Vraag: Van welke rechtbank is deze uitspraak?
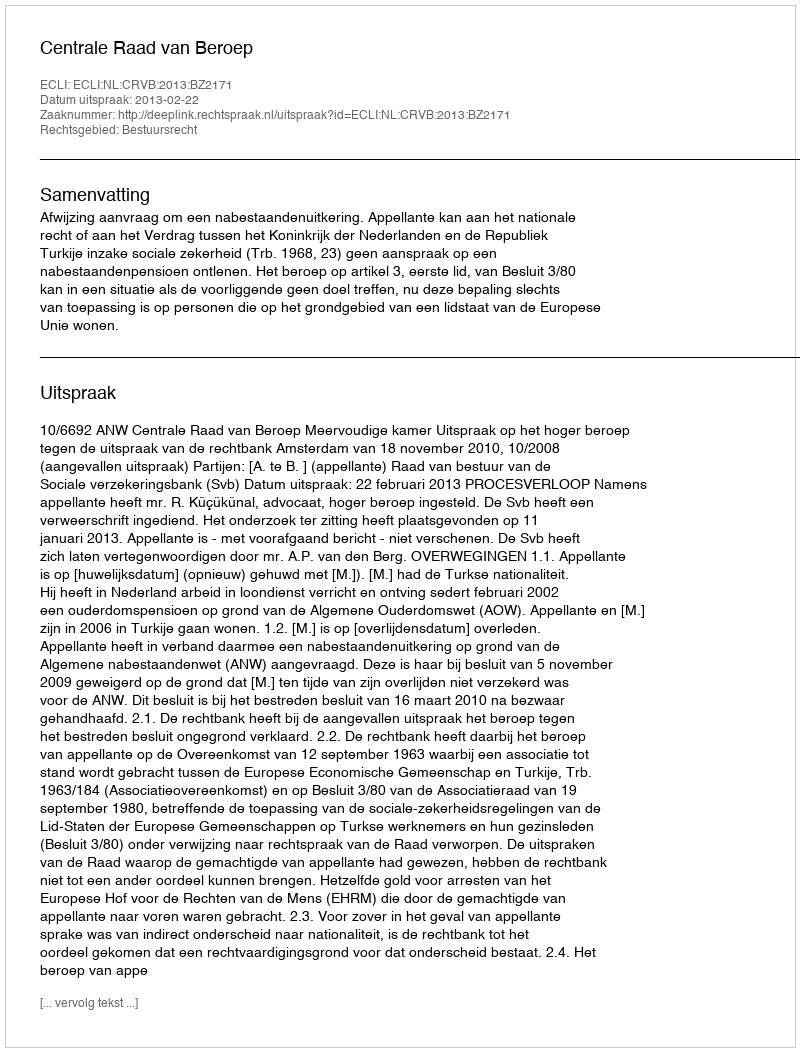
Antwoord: Centrale Raad van Beroep